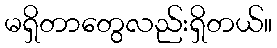
မရှိတာတွေလည်းရှိတယ်။